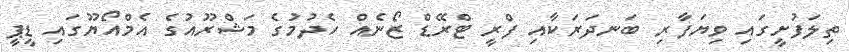
ތިލަފުށީގައި ވިޔަފާރި ބަނދަރަކާއި ފްރީ ޓްރޭޑް ޒޯނެއް ހެދުމުގެ މަޝްރޫއުގެ އެމްއޯޔޫގައި ޑީޕީ